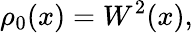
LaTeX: \rho_{0}(x)=W^{2}(x),